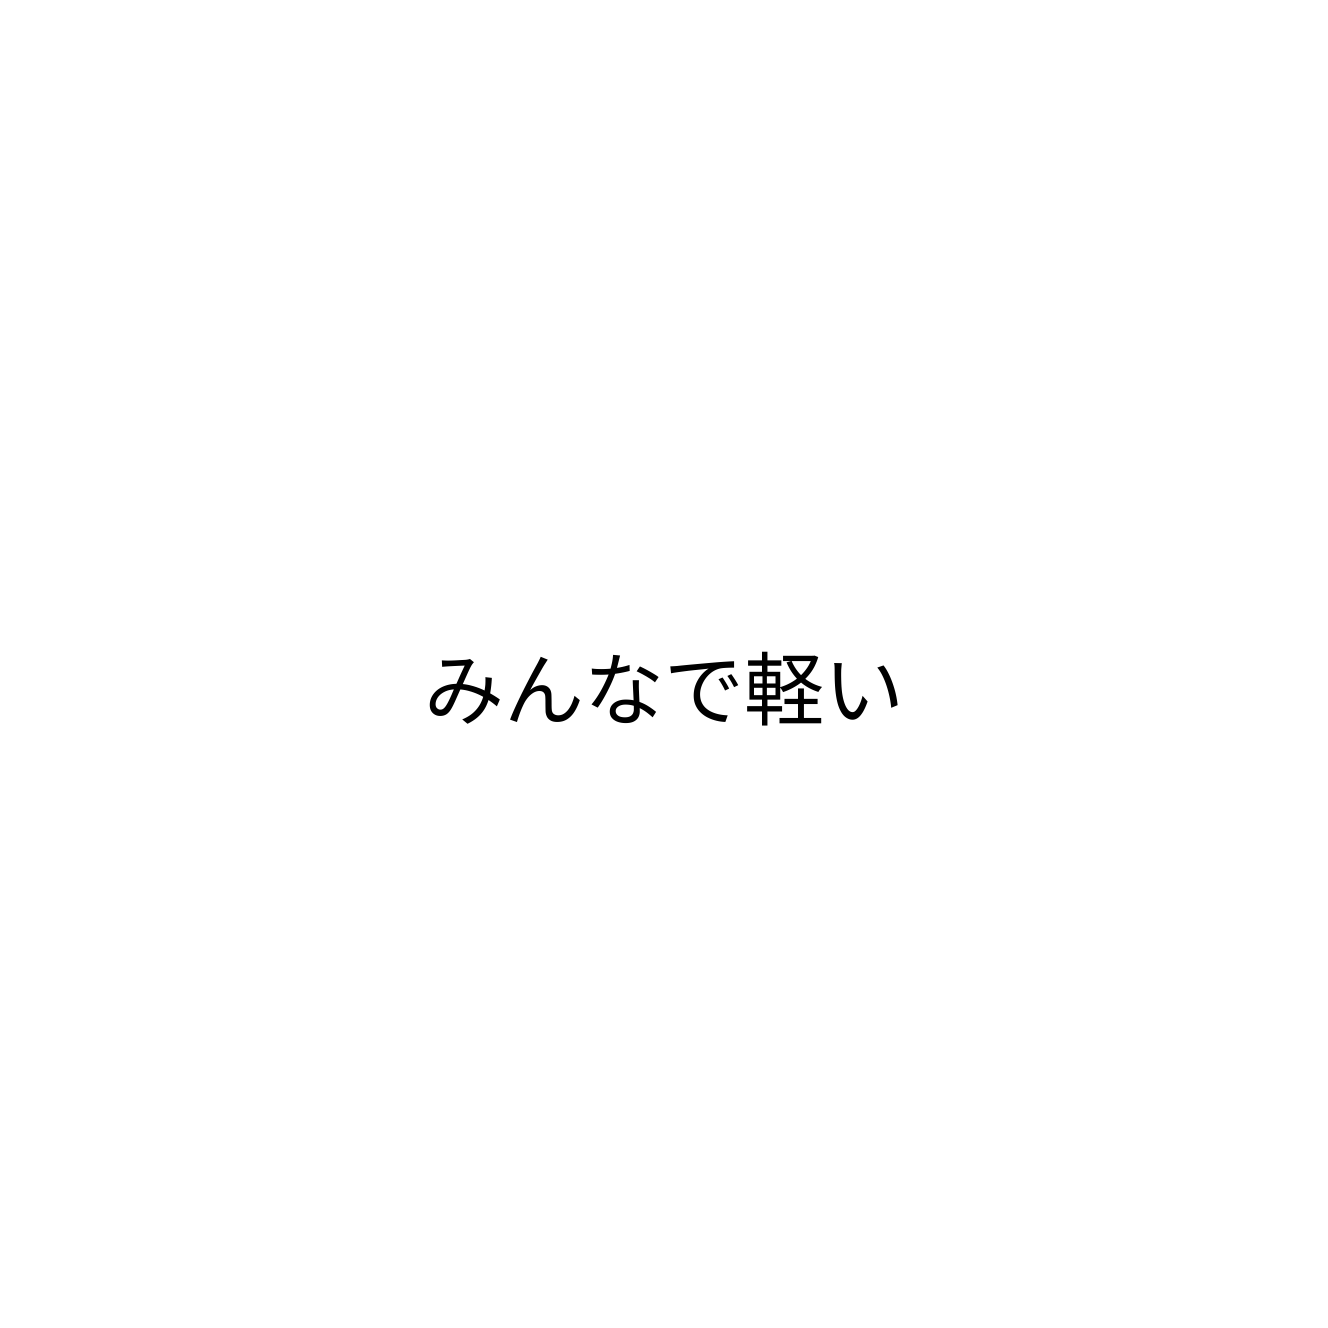
みんなで軽い